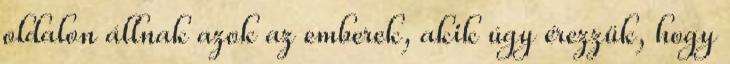
oldalon állnak azok az emberek, akik úgy érezzük, hogy